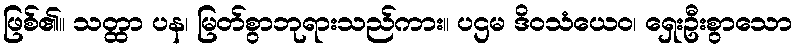
ဖြစ်၏။ သတ္ထာ ပန၊ မြတ်စွာဘုရားသည်ကား။ ပဌမ ဒိဝသံယေဝ၊ ရှေးဦးစွာသော